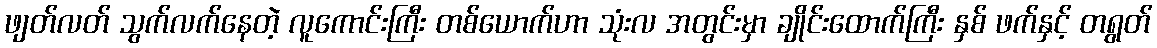
ဖျတ်လတ် သွက်လက်နေတဲ့ လူကောင်းကြီး တစ်ယောက်ဟာ သုံးလ အတွင်းမှာ ချိုင်းထောက်ကြီး နှစ် ဖက်နှင့် တရွတ်